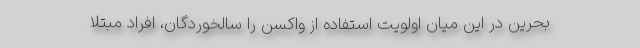
بحرین در این میان اولویت استفاده از واکسن را سالخوردگان، افراد مبتلا